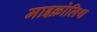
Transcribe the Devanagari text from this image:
माइक्रोलिथ